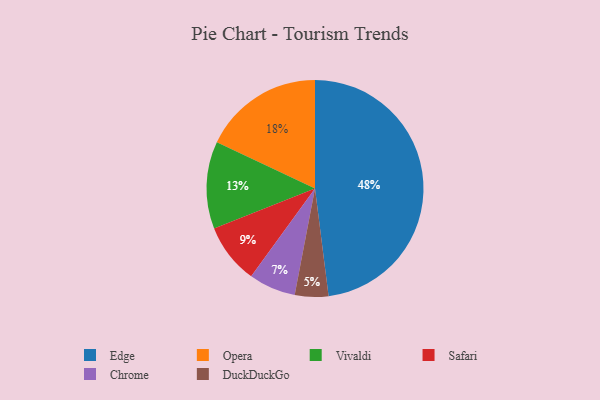
{"axis": {"x": "Category", "y": "Percentage"}, "legend": ["Chrome", "DuckDuckGo", "Edge", "Opera", "Safari", "Vivaldi"], "data": [{"x": "Chrome", "y": 7, "type": "Chrome"}, {"x": "Safari", "y": 9, "type": "Safari"}, {"x": "Opera", "y": 18, "type": "Opera"}, {"x": "DuckDuckGo", "y": 5, "type": "DuckDuckGo"}, {"x": "Edge", "y": 48, "type": "Edge"}, {"x": "Vivaldi", "y": 13, "type": "Vivaldi"}]}